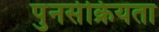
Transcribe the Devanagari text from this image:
पुनर्सक्रियता